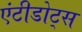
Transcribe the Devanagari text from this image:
एंटीडोट्स